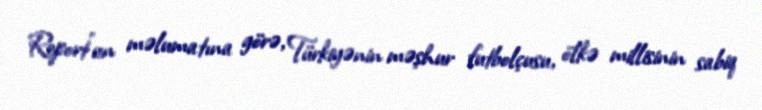
Report"un məlumatına görə, Türkiyənin məşhur futbolçusu, ölkə millisinin sabiq